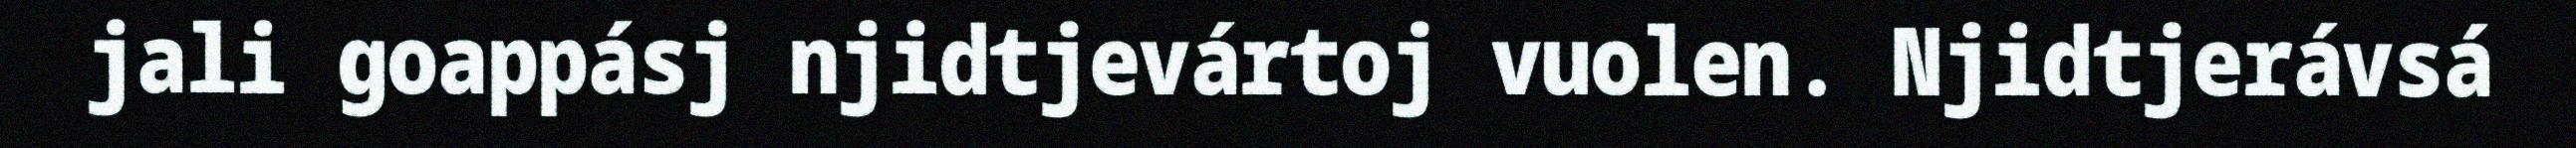
jali goappásj njidtjevártoj vuolen. Njidtjerávsá